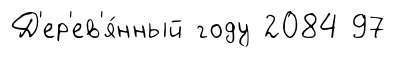
Д'ер'ев'я́нный году 2084 97